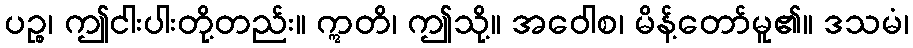
ပဉ္စ၊ ဤငါးပါးတို့တည်း။ ဣတိ၊ ဤသို့။ အဝေါစ၊ မိန့်တော်မူ၏။ ဒသမံ၊